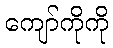
ကျော်ကိုကို